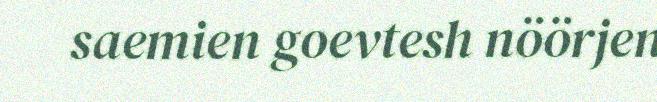
saemien goevtesh nöörjen